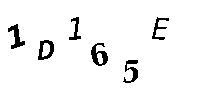
1D165E